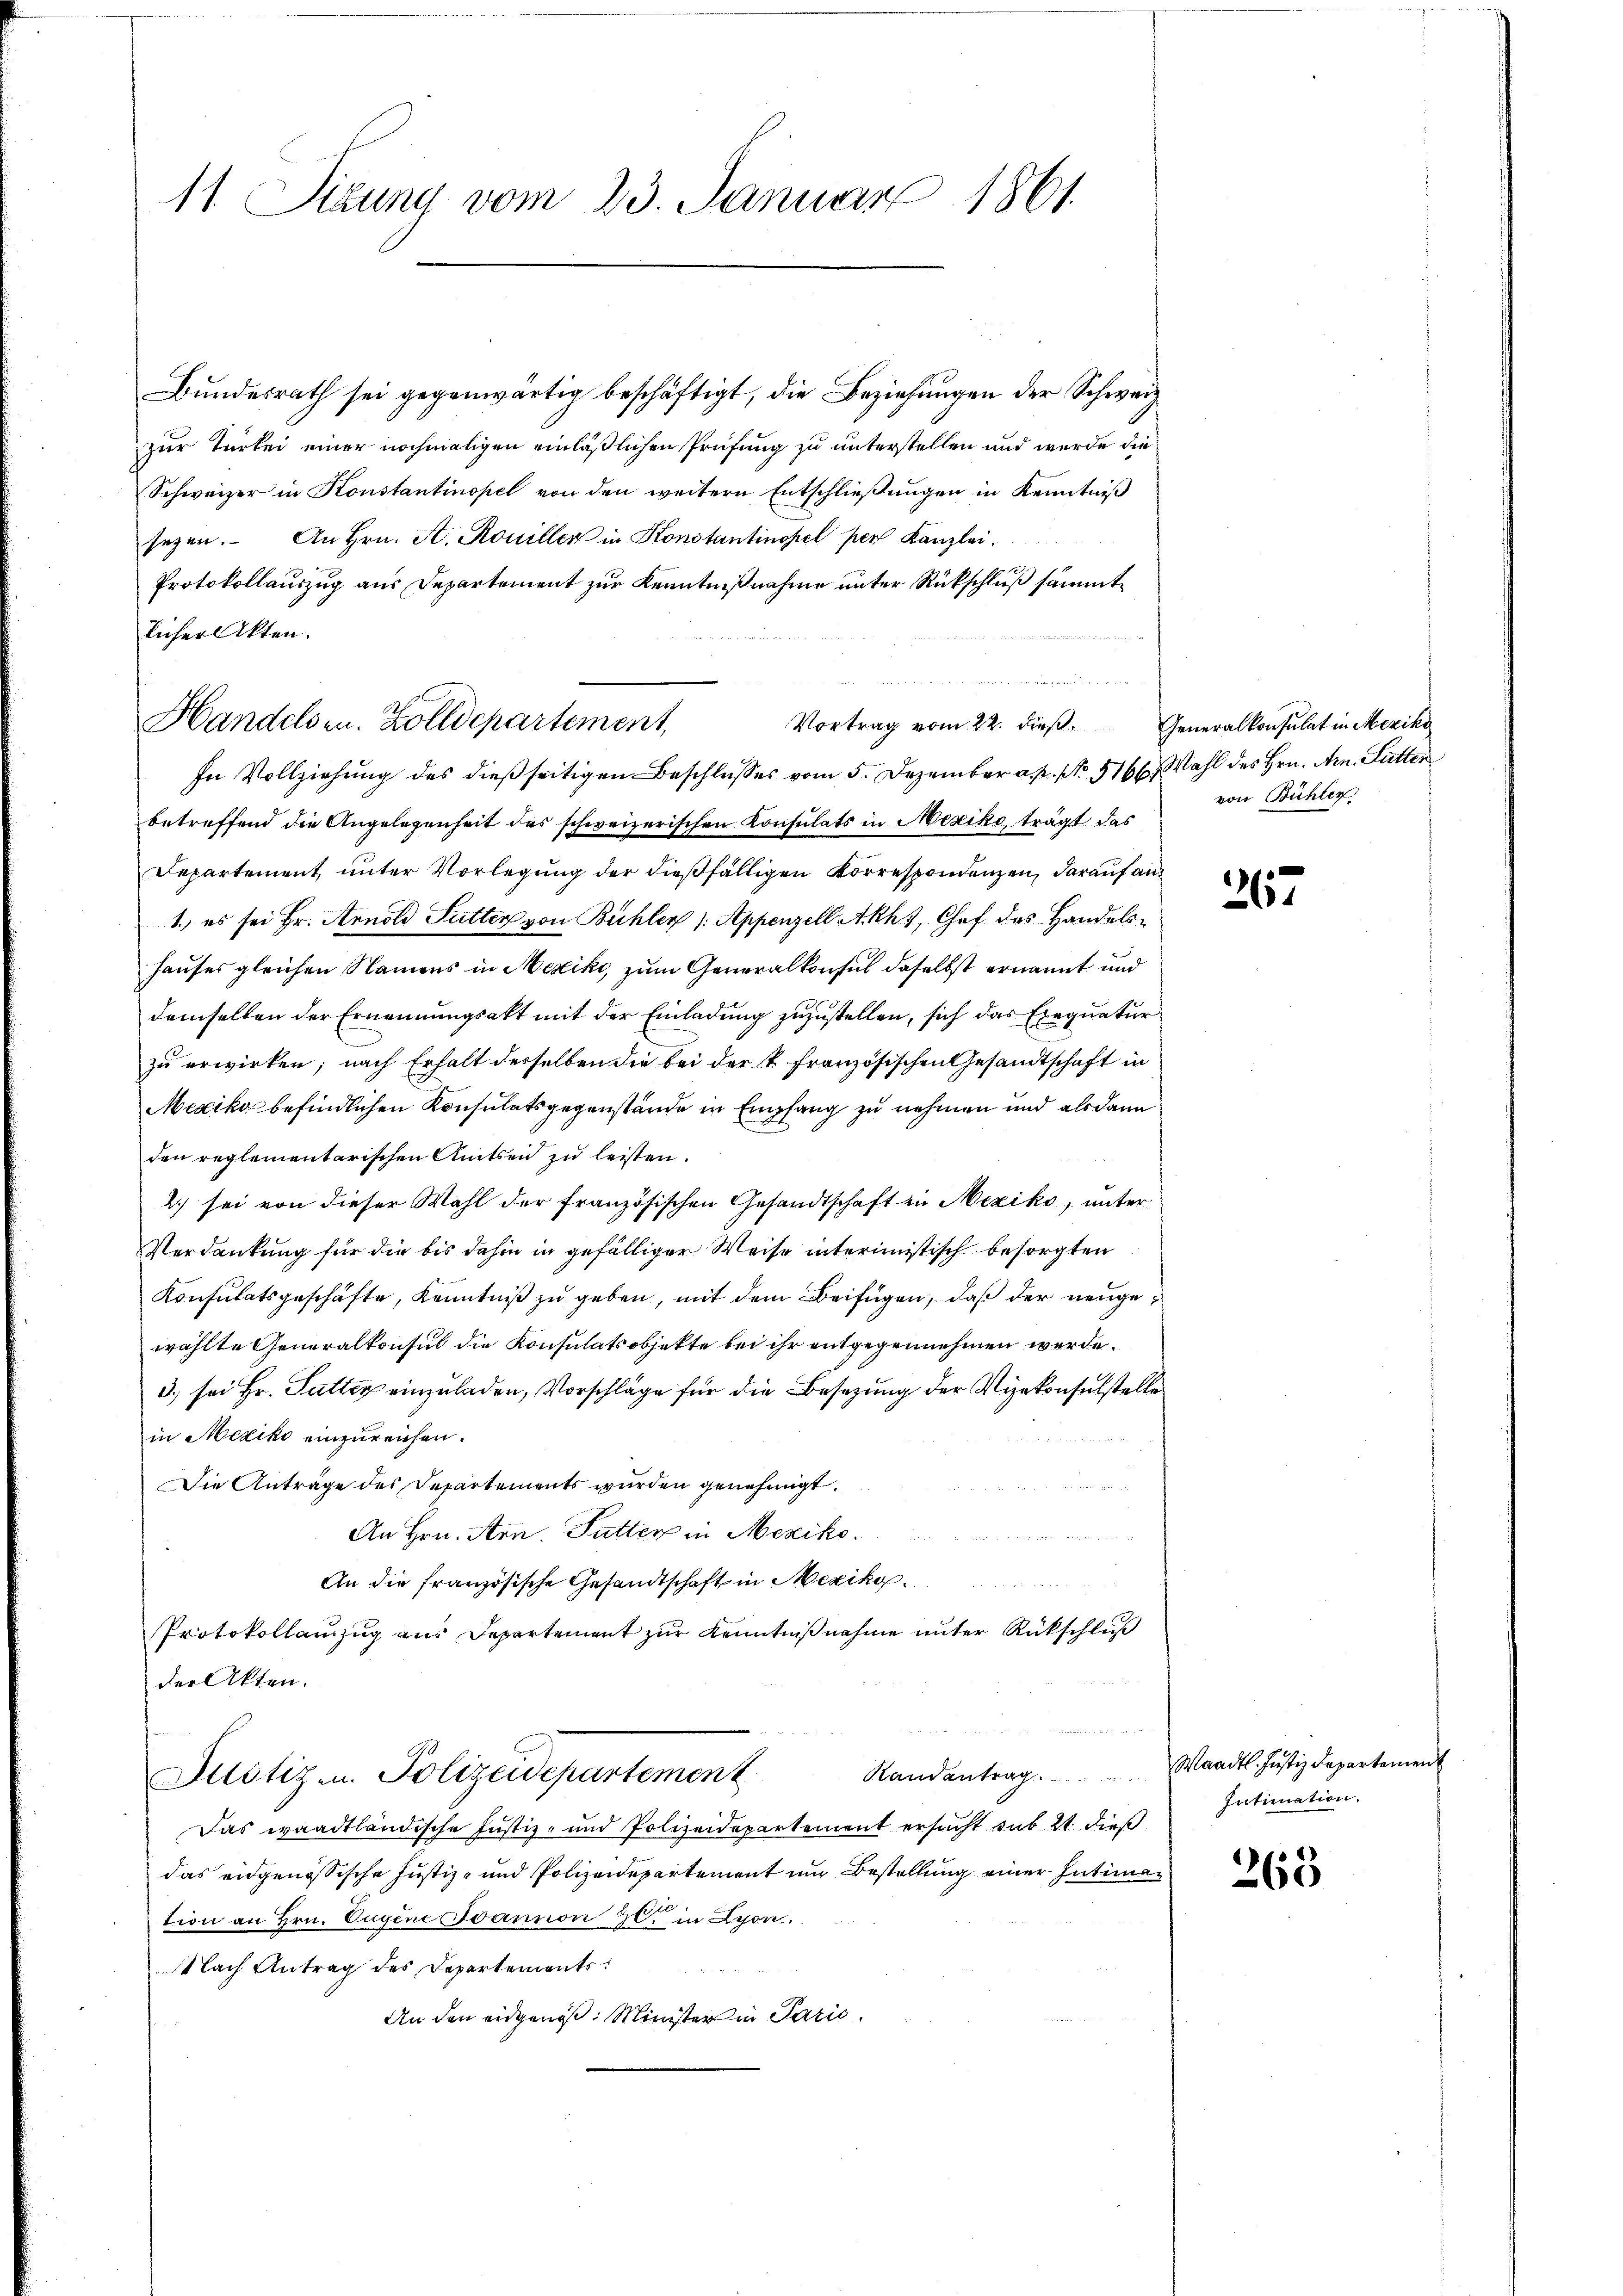
11. Situng vom 23. Januar 1861.

Bundesrath sei gegenwärtig beschäftigt, die Beziehungen der Schweiz
zur Türkei einer nochmaligen einläßlichen Prüfung zu unterstellen und wurde die
Schweizer in Konstantinopel von den weitern Entschließungen in Kenntniß
sezen. An Hrn. A. Rouiller in Konstantinopel per Kanzlei.
Protokollauszug aus Departement zur Kenntnißnahme unter Rückschluß sämmt
licher Akten.
In Vollziehung des dießseitigen Beschlusses vom 5. Dezember a. p. No 516, Wahl des Hrn. Arn. Fütten
betreffend die Angelegenheit des schweizerischen Konsulats in Mexiko, trägt das
Departement unter Vorlegung der dießfälligen Korrespondenzen, darauf an¬
1., es sei Hr. Arnold Futter von Bühler 1. Appenzell Akht, Chef des Handelshauses gleichen Namens in Mexiko, zum Generalkonsul daselbst ernannt und
demselben der Ernennungsakt mit der Einladung zuzustellen, sich das Exequatur
zu erwirken; nach Erhalt desselben die bei der k. französischen Gesandtschaft in
Mexiko befindlichen Konsulatsgegenstände in Empfang zu nehmen und als dann
den reglementarischen Amtseid zu leisten.
2.) sei von dieser Wahl der französischen Gesandtschaft in Mexiko, unter
Verdankung für die bis dahin in gefälliger Weise interimistisch besorgten
Konsulatsgeschäfte, Kenntniß zu geben, mit dem Beifügen, daß der neugewählte Generalkonsul die Konsulatsobjekte bei ihr entgegennehmen werde.
3) sei Hr. Futter einzuladen, Vorschläge für die Besetzung der Vizekonsulstelle
in Mexiko einzureichen.
Die Anträge des Departements wurden genehmigt.
An Hrn. Arn. Futter in Mexiko
e
An die französische Gesandtschaft in Mexikos
Protokollauszug aus Departement zur Kenntnißnahme unter Rückschluß
der Akten.
Randantrag. Waadt. Justizdepartement
Ottötiz- u. Polizeidepartement
Das waadtländische Justiz- und Polizeidepartement ersucht sub 21. dieß
das eidgenössische Justiz- und Polizeidepartement um Bestellung einer Intimation an Hrn. Eugene annon 20. in Lyon.
Nach Antrag des Departements
An den eidgenoß: Minister in Paris.

Handelsen. Zolldepartement,

.
Vortrag vom 22. dieβ. Generalkonsulat in Meziko

von Bühler

4
4

Intimation.

263